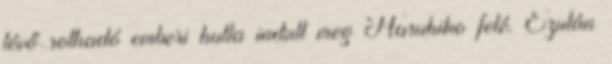
lévő rothadó emberi hulla indult meg Haruhiko felé. Ezután